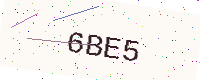
Text: 6BE5